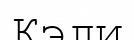
Кэли